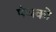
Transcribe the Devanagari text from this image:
पंथको